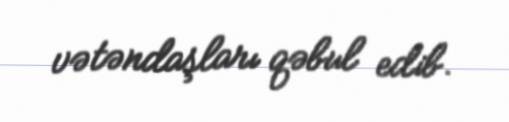
vətəndaşları qəbul edib.